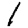
Digit: 1